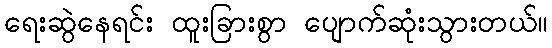
ရေးဆွဲနေရင်း ထူးခြားစွာ ပျောက်ဆုံးသွားတယ်။